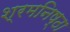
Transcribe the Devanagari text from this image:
श्रमनिष्ठा